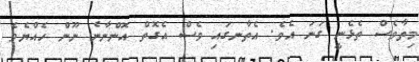
މިތާވެސް ތެޅެނީ ގަނަ އެވެ. އެތާނގައި ވެސް އެގޮތް އޮންނާނެ ނޫން ހެއްޔެވެ